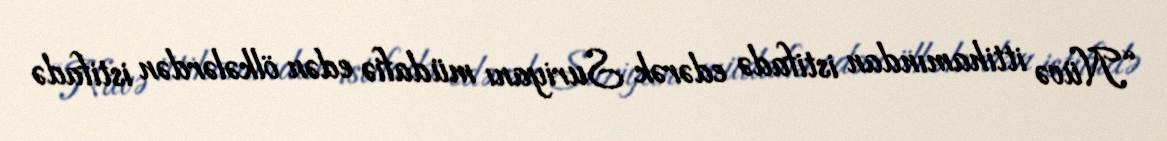
“Nüvə ittihamından istifadə edərək Suriyanı müdafiə edən ölkələrdən istifadə